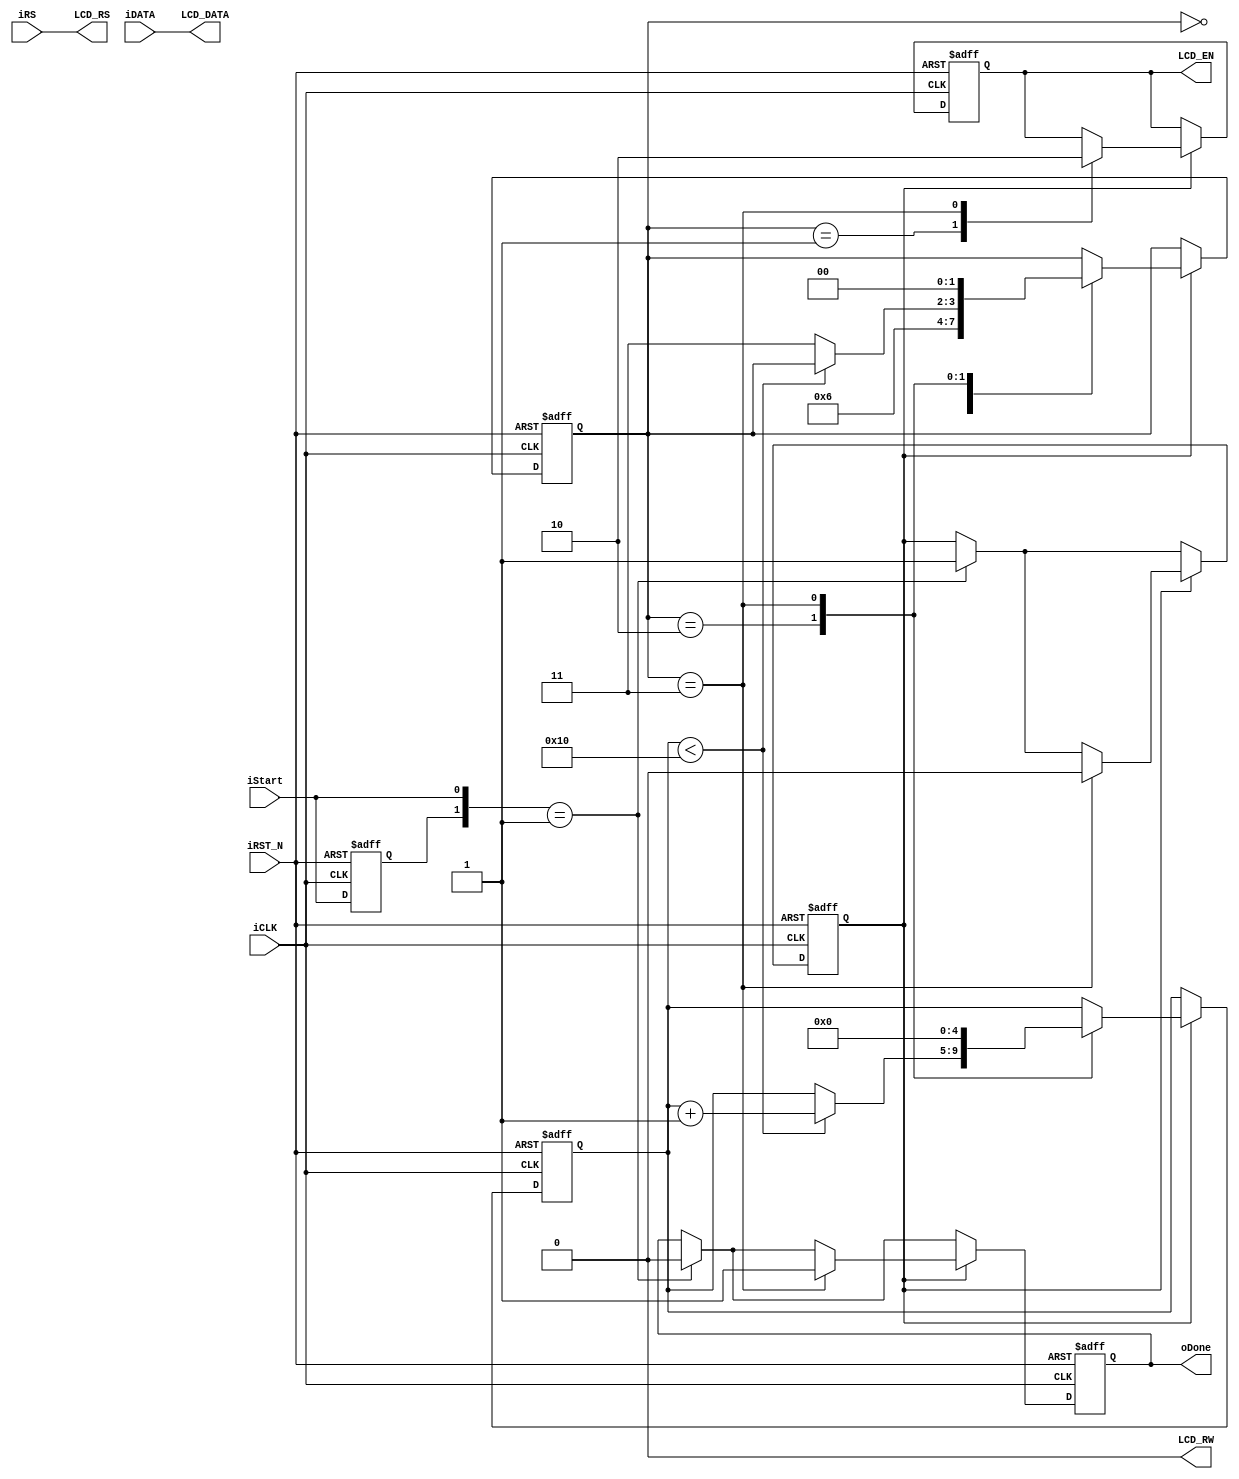
module LCD_Controller
(	input [7:0] iDATA,
	input iRS, iStart, iCLK, iRST_N,
	output reg oDone,
   	output [7:0] LCD_DATA,
   	output reg LCD_EN,
   	output LCD_RW, LCD_RS
);

parameter CLK_Divide = 16;
reg [4:0]    Cont;
reg [1:0]    ST;
reg preStart,mStart;

// Only write to LCD, bypass iRS to LCD_RS
assign LCD_DATA= iDATA;
assign LCD_RW= 1'b0;
assign LCD_RS= iRS;

always@(posedge iCLK or negedge iRST_N)
begin
	if(!iRST_N)
   begin
	 oDone   <= 1'b0;
      LCD_EN  <= 1'b0; // LCD desabilitado
      preStart<= 1'b0;
      mStart  <= 1'b0;
      Cont    <= 0;
      ST      <= 0; // Estado 0
   end
   else
   begin
	 // Input Start Detect
      preStart <= iStart;
      if({preStart,iStart}==2'b01)  // latch 
      begin
		mStart   <=    1'b1;
         	oDone    <=    1'b0;
		end
      
      if(mStart)  //generate LCD_EN
		begin
         case(ST)
         0:    ST <= 1; //Wait Setup, tAS >= 40ns
         1:    begin
                  LCD_EN <= 1'b1;
                  ST <= 2;
               end
         2:    begin                   
               if(Cont<CLK_Divide)
				Cont  <= Cont+1;
               else
                  ST <= 3;
               end
			3:    begin
                   LCD_EN  <=    1'b0;
                   mStart  <=    1'b0;
                   oDone   <=    1'b1;
                   Cont    <=    0;
                   ST      <=    0;
               end
			endcase
      end
   end
end

endmodule